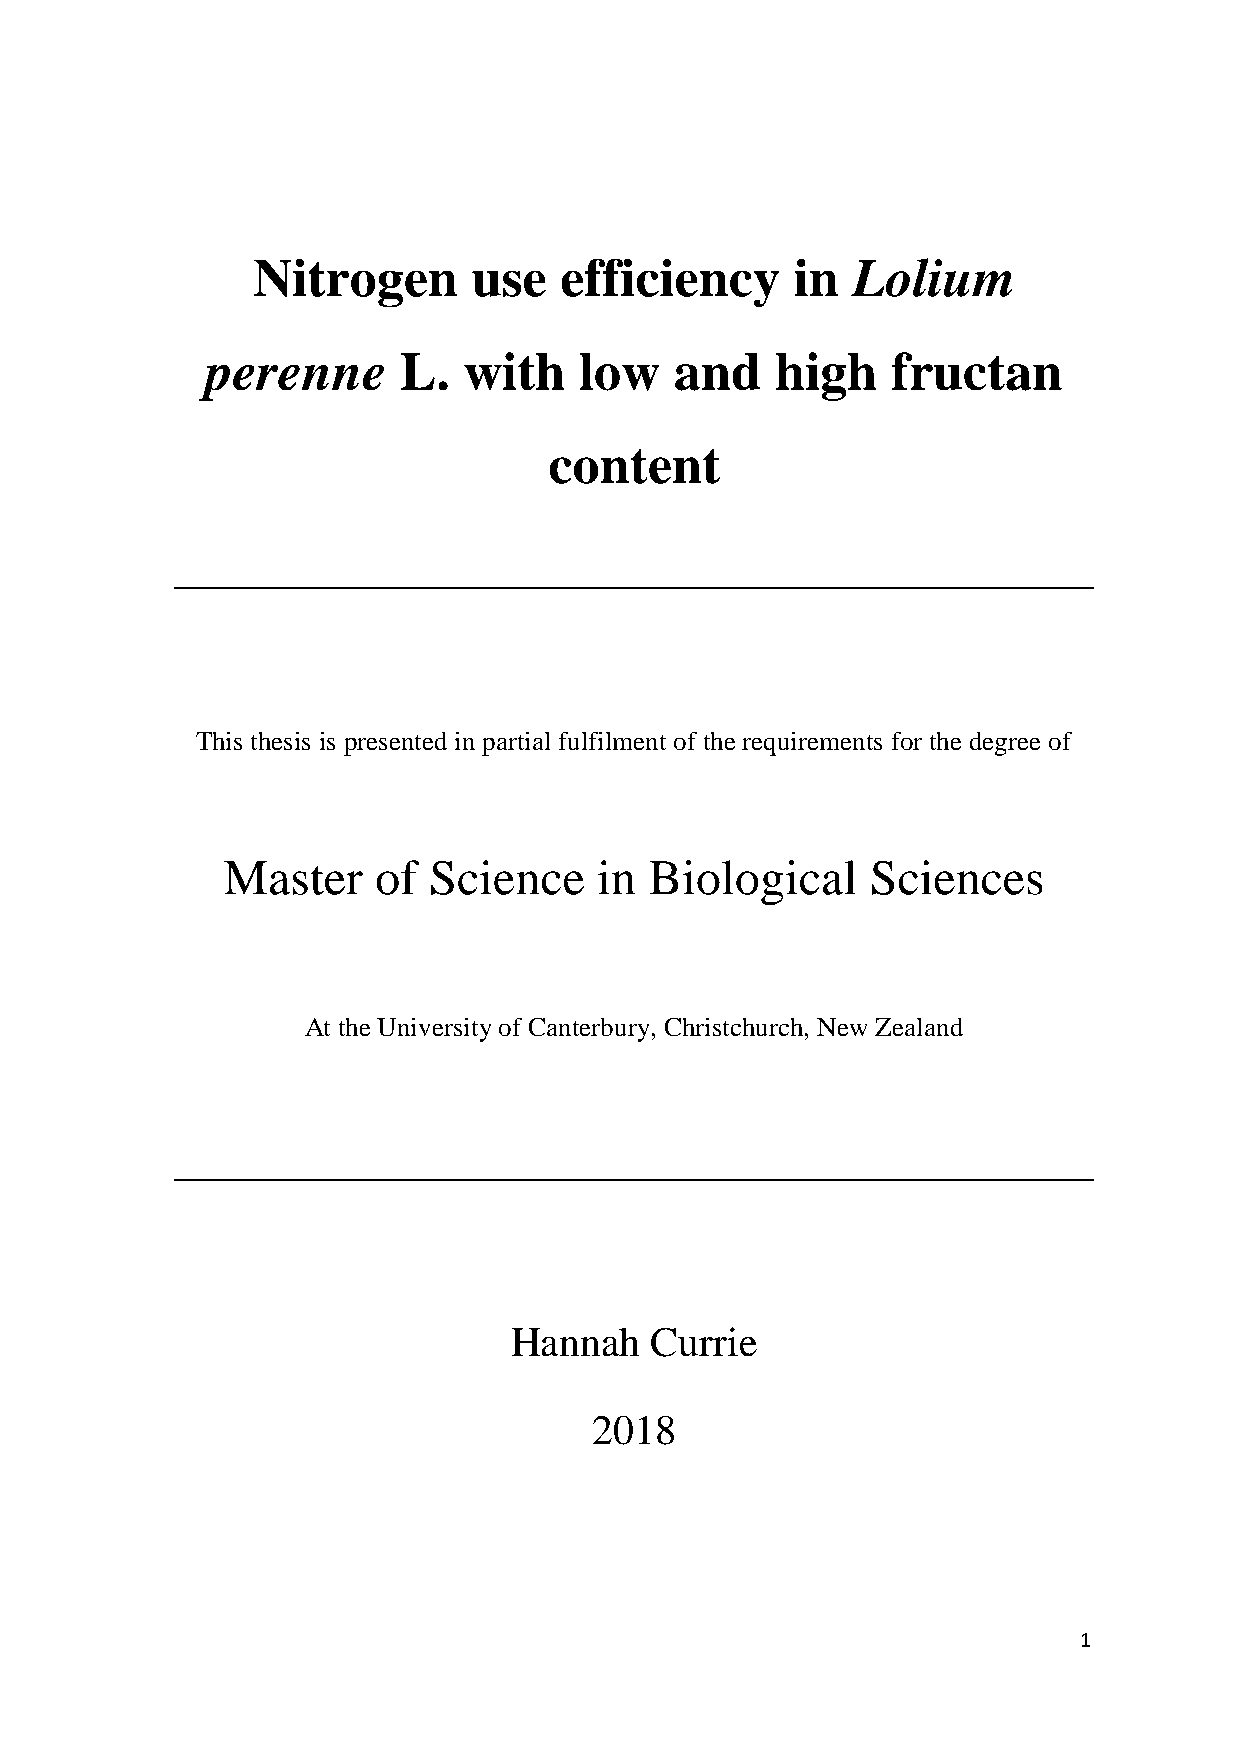
Nitrogen      use   efficiency      in Lolium
 perenne     L.   with   low    and   high    fructan
 content
 This thesis is presented in partial fulfilment of the requirements for the degree of
 Master    of Science     in Biological     Sciences
 At the University of Canterbury, Christchurch, New Zealand
 Hannah   Currie
 2018
 1